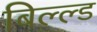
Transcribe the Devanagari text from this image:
बिल्ल्ड